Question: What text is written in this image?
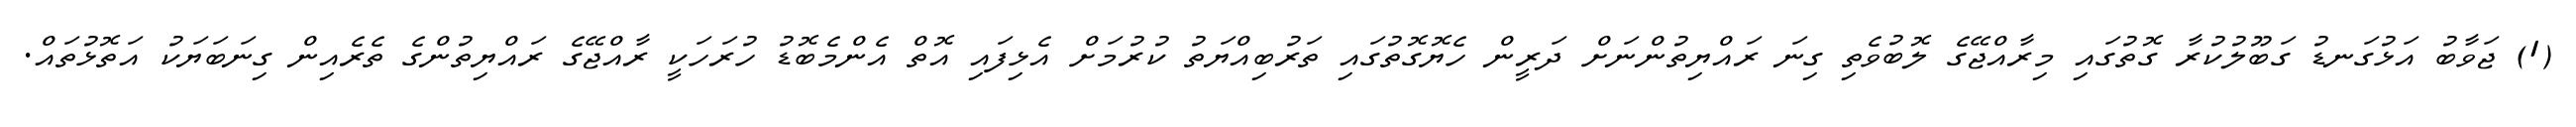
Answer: (1) ޖަވާބު އަޅުގަނޑު ގަބޫލުކުރާ ގޮތުގައި މިރާއްޖޭގެ ލޮބުވެތި ގިނަ ރައްޔިތުންނަށް ދަރީން ހެޔޮގޮތުގައި ތަރުބިއްޔަތު ކުރުމަށް އެޅިފައި އޮތް އެންމެބޮޑު ހުރަހަކީ ރާއްޖޭގެ ރައްޔިތުންގެ ތެރެއިން ގިނަބަޔަކު އަތޮޅުތައް.